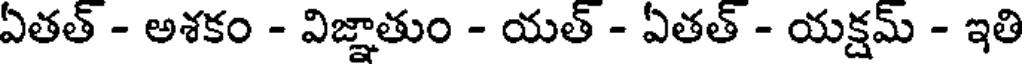
ఏతత్ - అశకం - విజ్ఞాతుం - యత్ - ఏతత్ - యక్షమ్ - ఇతి